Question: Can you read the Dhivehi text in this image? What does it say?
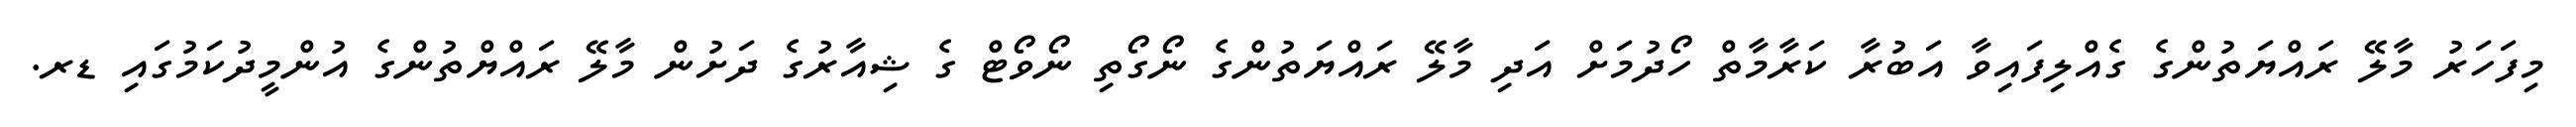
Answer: މިފަހަރު މާލޭ ރައްޔަތުންގެ ގެއްލިފައިވާ އަބުރާ ކަރާމާތް ހޯދުމަށް އަދި މާލޭ ރައްޔަތުންގެ ނޯގޯތި ނޯވޯޓް ގެ ޝިއާރުގެ ދަށުން މާލޭ ރައްޔްތުންގެ އުންމީދުކަމުގައި ޑރ.